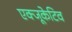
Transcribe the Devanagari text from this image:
एक्‍जूकेटिव